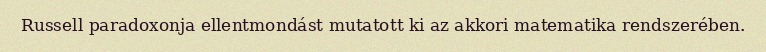
Russell paradoxonja ellentmondást mutatott ki az akkori matematika rendszerében.